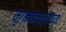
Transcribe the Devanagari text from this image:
मृगनक्षत्राच्या